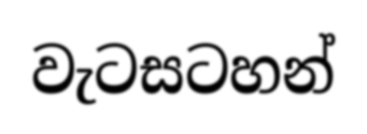
වැටසටහන්